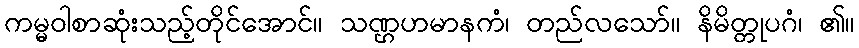
ကမ္မဝါစာဆုံးသည့်တိုင်အောင်။ သဏ္ဌဟမာနကံ၊ တည်လသော်။ နိမိတ္တုပဂံ၊ ၏။